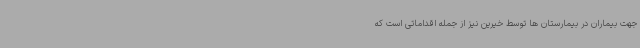
جهت بیماران در بیمارستان ها توسط خیرین نیز از جمله اقداماتی است که